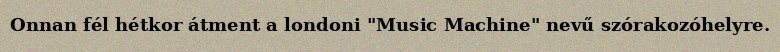
Onnan fél hétkor átment a londoni "Music Machine" nevű szórakozóhelyre.